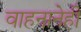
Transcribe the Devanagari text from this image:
वाहनानेही